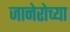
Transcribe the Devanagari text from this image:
जानेरोच्या